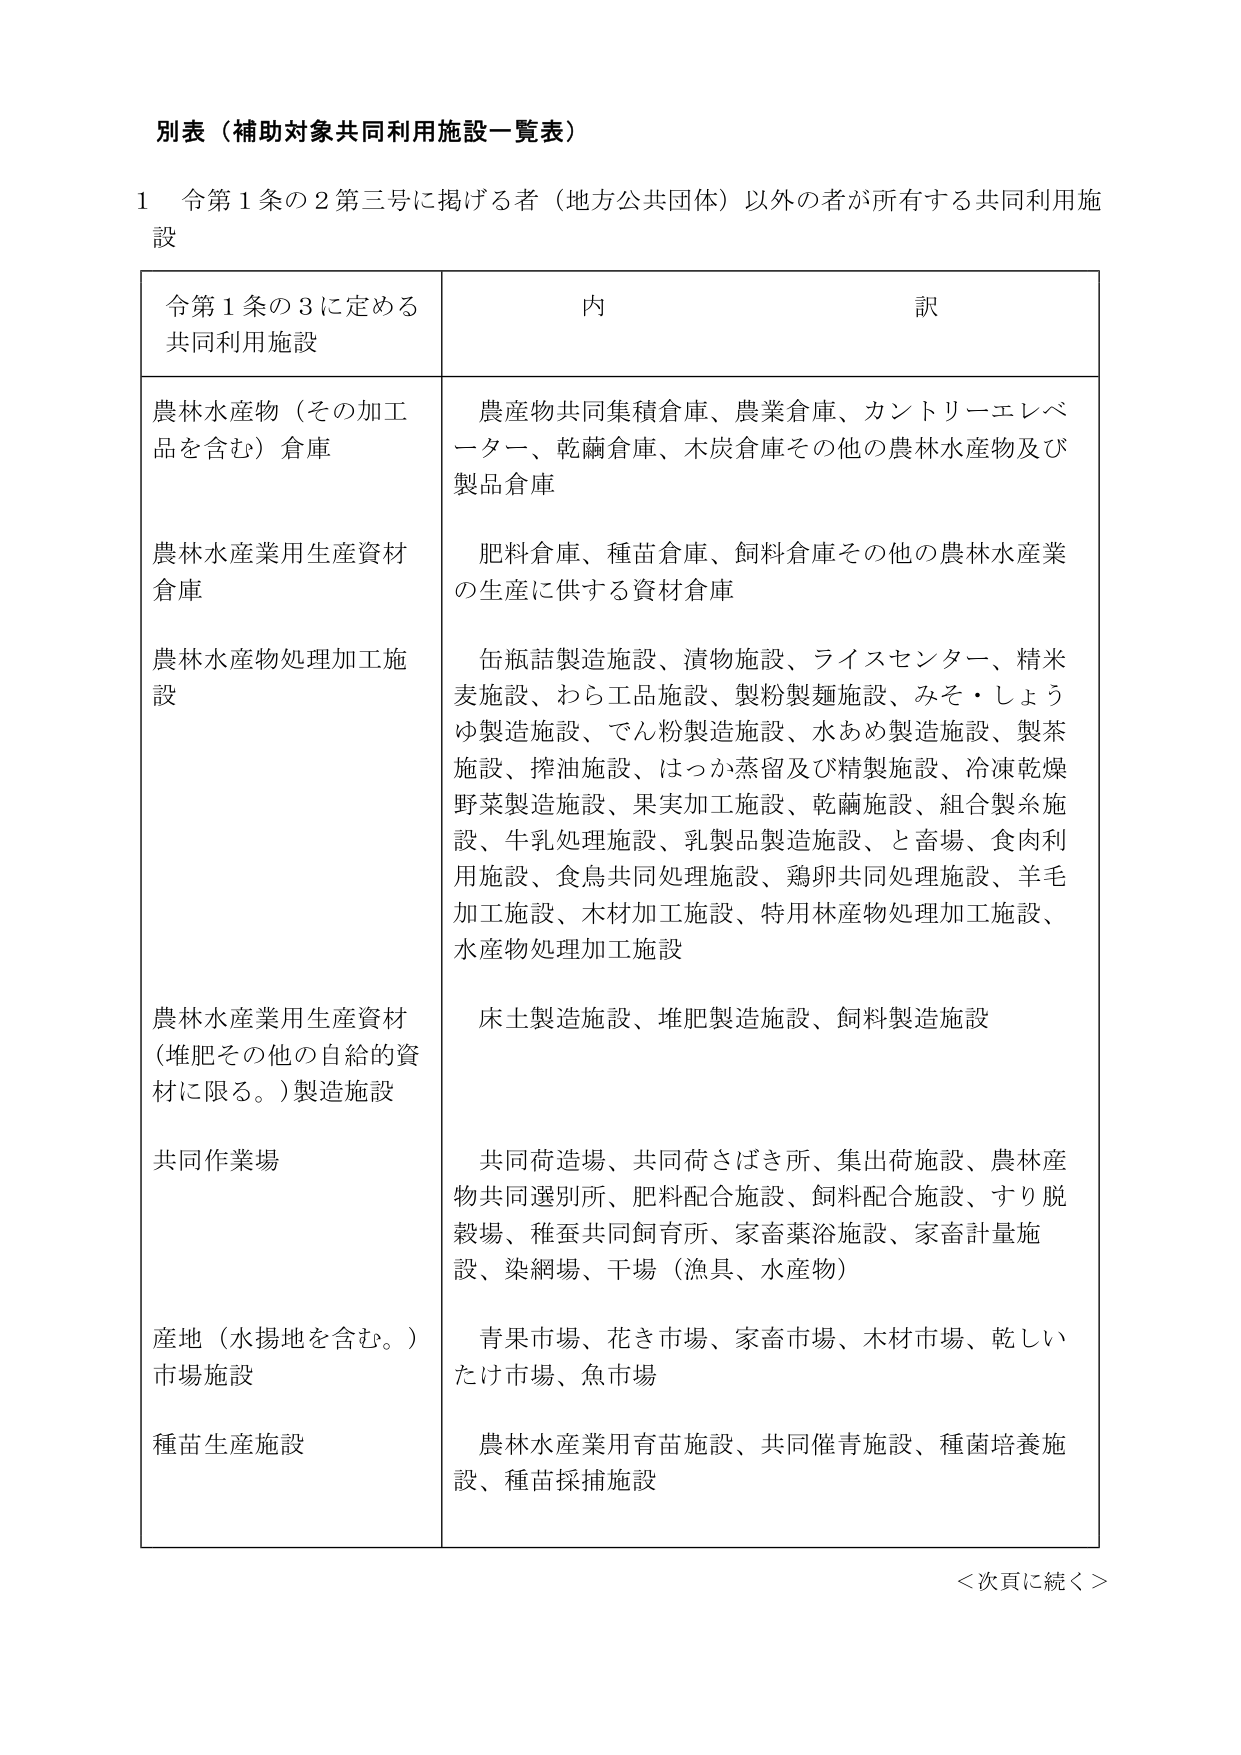
別表（補助対象共同利用施設一覧表）

1 令第1条の2第三号に掲げる者（地方公共団体）以外の者が所有する共同利用施設

令第1条の3に定める
共同利用施設
内 訳

農林水産物（その加工品を含む）倉庫
農産物共同集積倉庫、農業倉庫、カントリーエレベーター、乾瞞倉庫、木炭倉庫その他 の農林水産物及び製品倉庫

農林水産業用生産資材倉庫
肥料倉庫、種苗倉庫、飼料倉庫その他 の農林水産業の生産に供する資材倉庫

農林水産物処理加工施設
缶瓶詰製造施設、漬物施設、ライスセンター、精米麦施設、わら工品施設、製粉製麺施設、みそ・しょうゆ製造施設、でん粉製造施設、水あめ製造施設、製茶施設、搾油施設、はっか蒸留及び精製施設、冷凍乾燥野菜製造施設、果実加工施設、乾瞞施設、組合製糸施設、牛乳処理施設、乳製品製造施設、と畜場、食肉利用施設、食鳥共同処理施設、鶏卵共同処理施設、羊毛加工施設、木材加工施設、特用林産物処理加工施設、水産物処理加工施設

農林水産業用生産資材（堆肥その他 の自給の資材に限る。）製造施設
床土製造施設、堆肥製造施設、飼料製造施設

共同作業場
共同荷造場、共同荷さばき所、集出荷施設、農林産物共同選別所、肥料配合施設、飼料配合施設、すり脱穀場、稚蚕共同飼育所、家畜薬浴施設、家畜計量施設、染網場、干場（漁具、水産物）

産地（水揚地を含む。）市場施設
青果市場、花き市場、家畜市場、木材市場、乾しいたけ市場、魚市場

種苗生産施設
農林水産業用育苗施設、共同催青施設、種菌培養施設、種苗採捕施設

＜次頁に続く＞